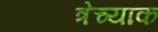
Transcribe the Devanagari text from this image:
त्रेच्याक